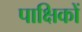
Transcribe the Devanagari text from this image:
पाक्षिकों